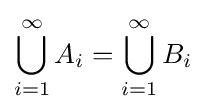
\bigcup _{i=1}^{\infty }A_{i}=\bigcup _{i=1}^{\infty }B_{i}